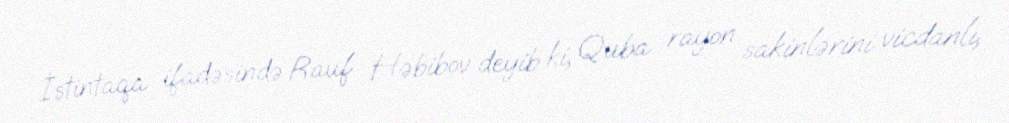
İstintaqa ifadəsində Rauf Həbibov deyib ki, Quba rayon sakinlərini vicdanlı,